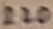
Text: 220